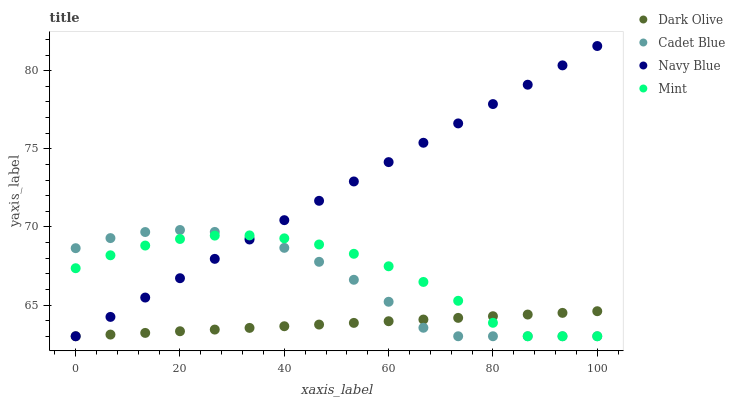
| xaxis_label | Dark Olive | Cadet Blue | Navy Blue | Mint |
 | --- | --- | --- | --- | --- |
 | 0 | 63 | 68.6 | 63 | 67.4 |
 | 6.67 | 63.1 | 69.3 | 64.2 | 68.2 |
 | 13.3 | 63.2 | 69.7 | 65.5 | 68.8 |
 | 20 | 63.3 | 69.8 | 66.7 | 69.2 |
 | 26.7 | 63.4 | 69.7 | 68 | 69.4 |
 | 33.3 | 63.5 | 69.3 | 69.2 | 69.5 |
 | 40 | 63.6 | 68.7 | 70.4 | 69.3 |
 | 46.7 | 63.7 | 67.8 | 71.7 | 68.9 |
 | 53.3 | 63.9 | 66.6 | 72.9 | 68.3 |
 | 60 | 64 | 65.2 | 74.2 | 67.5 |
 | 66.7 | 64.1 | 63.5 | 75.4 | 66.5 |
 | 73.3 | 64.2 | 63 | 76.6 | 65.3 |
 | 80 | 64.3 | 63 | 77.9 | 63.9 |
 | 86.7 | 64.4 | 63 | 79.1 | 63 |
 | 93.3 | 64.5 | 63 | 80.3 | 63 |
 | 100 | 64.6 | 63 | 81.6 | 63 |